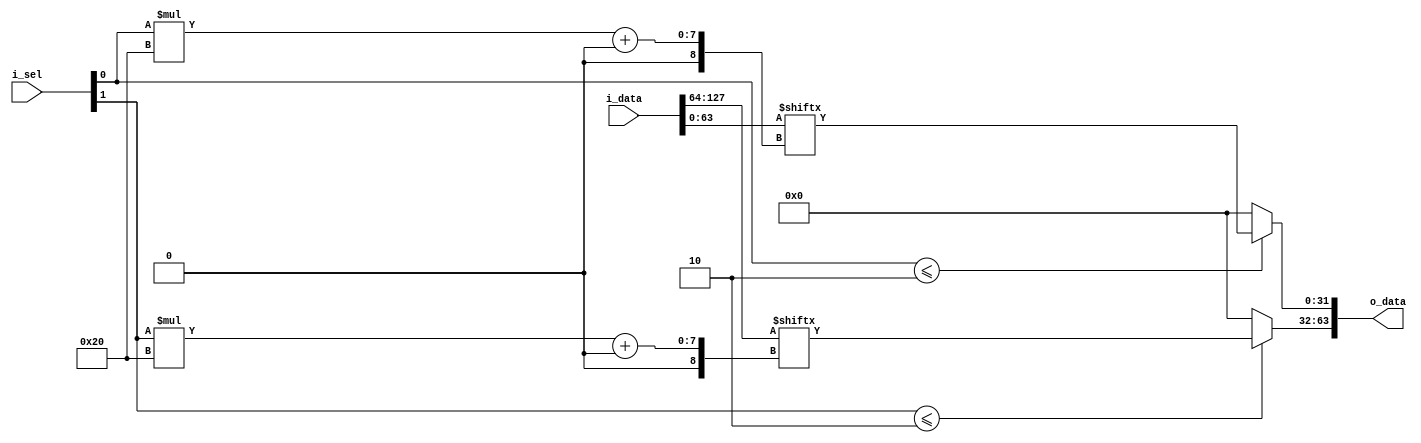
module reduction_mux # (
	parameter W = 32, 
	parameter NUM_IN = 4, // has to be >= 2 and divisible by 2
	parameter SEL_IN = 2, // has to be divisible by 2
	parameter NUM_OUT = 2) ( // NUM_OUT must be 2
	i_data,
	i_sel,
	o_data
);

	parameter SEL_IN_LEFT_END = SEL_IN/2 -1;
	parameter SEL_IN_RIGHT_START = SEL_IN/2;

	input [(NUM_IN * W)-1:0] i_data; // input data to select	
	input [SEL_IN-1:0] i_sel; // select bits
	
	output reg [(NUM_OUT * W)-1:0] o_data; // output data
	
	
	wire [(NUM_IN/2 * W )-1:0] w_data_left;
	wire [(NUM_IN/2 * W )-1:0] w_data_right;
	
	wire [SEL_IN/2 -1:0] w_sel_in_left;
	wire [SEL_IN/2 -1:0] w_sel_in_right;
	
	
	assign w_data_left = i_data[NUM_IN/2 * W -1:0];
	assign w_data_right = i_data[NUM_IN * W - 1: NUM_IN/2 * W];
	
	assign w_sel_in_left = i_sel[SEL_IN_LEFT_END:0];
	assign w_sel_in_right = i_sel[SEL_IN-1:SEL_IN_RIGHT_START];
	
	// left mux select
	always @ (*) begin
		if (w_sel_in_left <= NUM_IN/2) begin
			o_data[0*W+:W] <= w_data_left[w_sel_in_left*W +: W];
		end else begin
			o_data[0*W+:W] <= 'b0;
		end
	end
	
	
	// right mux select
	always @ (*) begin
		if (w_sel_in_right <= NUM_IN/2) begin
			o_data[1*W+:W] <= w_data_right[w_sel_in_right*W +: W];
		end else begin
			o_data[1*W+:W] <= 'b0;
		end
	end
	
	
endmodule